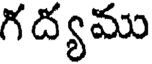
గద్యము